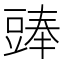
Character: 𧯵